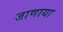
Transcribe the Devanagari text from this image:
जाणाया